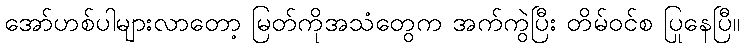
အော်ဟစ်ပါများလာတော့ မြတ်ကိုအသံတွေက အက်ကွဲပြီး တိမ်ဝင်စ ပြုနေပြီ။